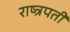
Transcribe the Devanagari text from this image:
राष्त्रपती